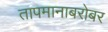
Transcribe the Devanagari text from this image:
तापमानाबरोबर